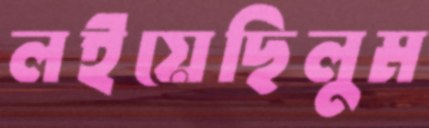
লইয়েছিলুম